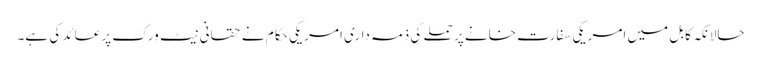
حالانکہ کابل میں امریکی سفارت خانے پر حملے کی ذمہ داری امریکی حکام نے حقانی نیٹ ورک پر عائد کی ہے۔